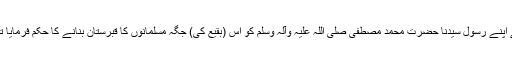
(مستدرک امام حاکم 11/193) اس روایت سے معلوم ہوا کہ اللہ تعالیٰ نے اپنے رسول سیدنا حضرت محمد مصطفیٰ صلی اللہ علیہ وآلہ وسلم کو اس (بقیع کی) جگہ مسلمانوں کا قبرستان بنانے کا حکم فرمایا تھا اور یہیں سے اس جگہ یعنی بقیع قبرستان کی فضیلت کی ابتدا ہوتی ہے۔